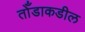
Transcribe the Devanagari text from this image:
तोँडाकडील